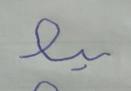
Signature authenticity: forged